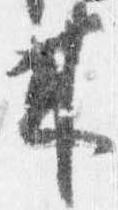
来